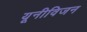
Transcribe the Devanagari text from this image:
यूनीविजन